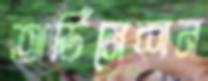
অর্ডিনেশন